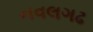
નવલગઢ